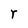
Character: r